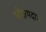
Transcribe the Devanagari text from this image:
मोक्षपदास